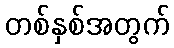
တစ်နှစ်အတွက်